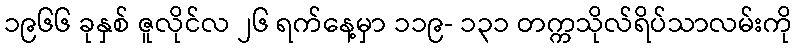
၁၉၆၆ ခုနှစ် ဇူလိုင်လ ၂၆ ရက်နေ့မှာ ၁၁၉- ၁၃၁ တက္ကသိုလ်ရိပ်သာလမ်းကို